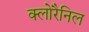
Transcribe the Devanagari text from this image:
क्लोरैनिल